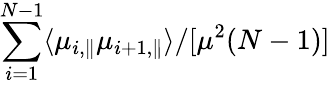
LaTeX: \sum_{i=1}^{N-1}\langle\mu_{i,\parallel}\mu_{i+1,\parallel}\rangle/[\mu^{2}(N-1)]